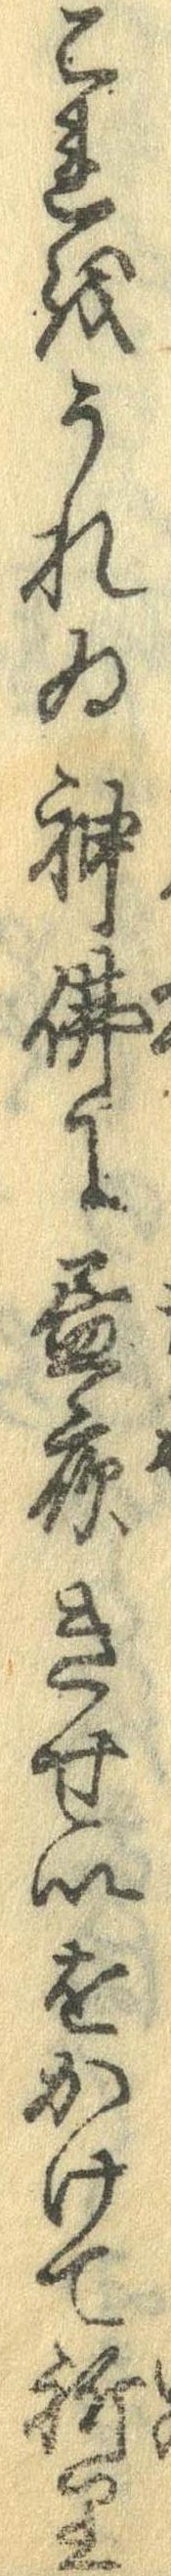
これをうれゐ神仏に昼夜きせいをかけて祈り